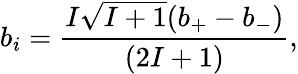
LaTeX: b_{i}=\frac{I\sqrt{I+1}(b_{+}-b_{-})}{(2I+1)},